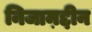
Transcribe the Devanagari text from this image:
निजाम़द्दीन